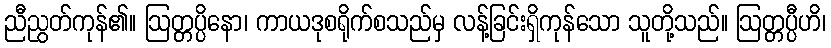
ညီညွတ်ကုန်၏။ ဩတ္တပ္ပိနော၊ ကာယဒုစရိုက်စသည်မှ လန့်ခြင်းရှိကုန်သော သူတို့သည်။ ဩတ္တပ္ပီဟိ၊